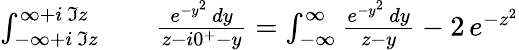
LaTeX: \begin{array}{rlr}{\int_{-\infty+i\, \Im z}^{\infty+i\, \Im z}}&{{}}&{\frac{e^{-y^{2}}\, dy}{z-i0^{+}-y}=\int_{-\infty}^{\infty}\frac{e^{-y^{2}}\, dy}{z-y}-2\, e^{-z^{2}}}\end{array}